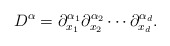
\begin{align*}D^{\alpha} = \partial^{\alpha_1}_{x_1}\partial^{\alpha_2}_{x_2}\cdots\partial^{\alpha_d}_{x_d}.\end{align*}